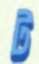
ট